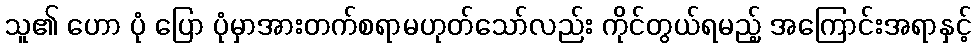
သူ၏ ဟော ပုံ ပြော ပုံမှာအားတက်စရာမဟုတ်သော်လည်း ကိုင်တွယ်ရမည့် အကြောင်းအရာနှင့်